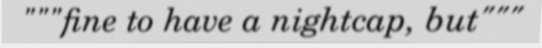
"""fine to have a nightcap, but"""